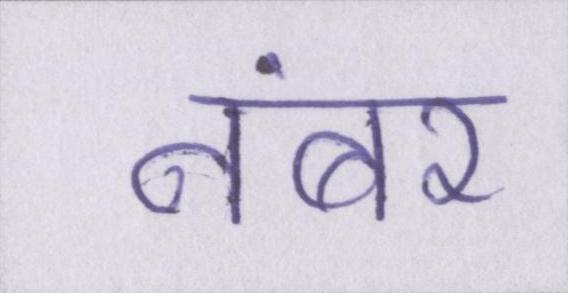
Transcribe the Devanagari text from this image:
नंबर